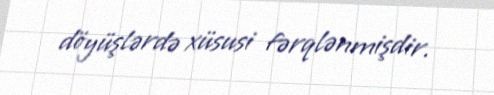
döyüşlərdə xüsusi fərqlənmişdir.